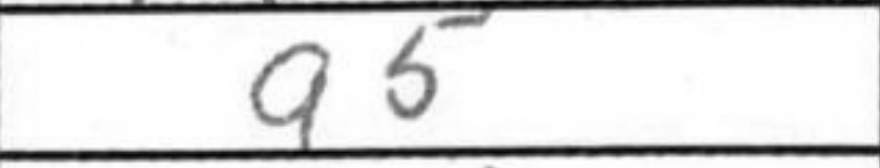
Transcription: a5